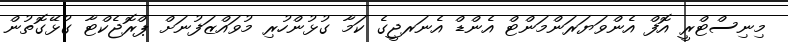
މިނިސްޓްރީ އޮފް އެންވަޔަރަންމަންޓް އެންޑް އެނަރޖީގެ ކަމާ ގުޅުންހުރި މުވައްޒަފުނަށް ޕްރޮޖެކްޓާ ގުޅޭގޮތުން